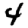
Digit: 4